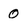
Character: 0